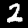
Label: 2